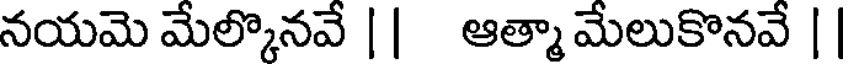
నయమె మేల్కొనవే || ఆత్మా మేలుకొనవే ||